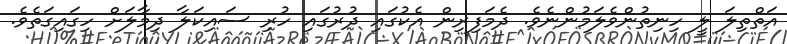
އަތްތިލަ ލީ ހިނިތުންވެލަމުންނެވެ. ދެމަފިރިން އެކުގައި ދުރުގައި ހުރި ސައިކަލާ ދިމާލަށް ހިގައިގަތެވެ.